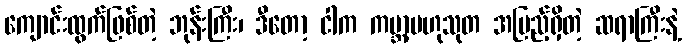
ကျောင်းထွက်ဖြစ်တဲ့ ဘုန်းကြီး၊ ဒီတော့ ငါက ကမ္ဘာ့ဗဟုသုတ အပြည့်ရှိတဲ့ ဆရာကြီးနဲ့